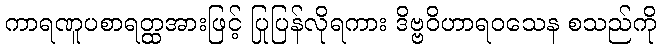
ကာရဏူပစာရတ္ထအားဖြင့် ပြုပြန်လိုရကား ဒိဗ္ဗဝိဟာရဝသေန စသည်ကို